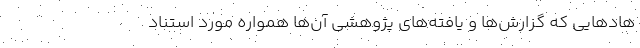
هاد‌هایی که گزارش‌ها و یافته‌های پژوهشی آن‌ها همواره مورد استناد